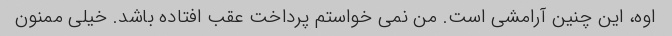
اوه، این چنین آرامشی است. من نمی خواستم پرداخت عقب افتاده باشد. خیلی ممنون